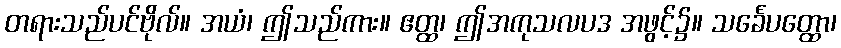
တရားသည်ပင်ဗိုလ်။ အယံ၊ ဤသည်ကား။ ဧတ္ထ၊ ဤအကုသလပဒ အဖွင့်၌။ သင်္ခေပတ္ထော၊